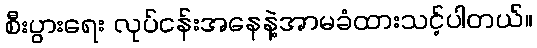
စီးပွားရေး လုပ်ငန်းအနေနဲ့အာမခံထားသင့်ပါတယ်။